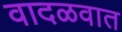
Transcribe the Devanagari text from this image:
वादळवात